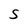
Character: S